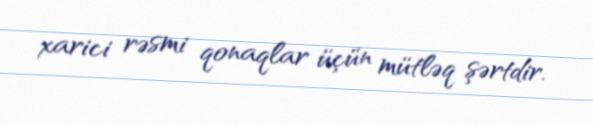
xarici rəsmi qonaqlar üçün mütləq şərtdir.